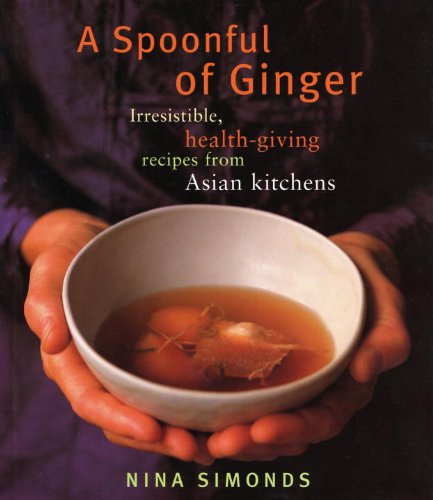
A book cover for A Spoonful of Ginger: Irresistible, Health-Giving Recipes from Asian Kitchens; Nina Simonds; Cookbooks, Food & Wine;